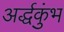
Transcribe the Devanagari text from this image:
अर्द्धकुंभ